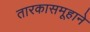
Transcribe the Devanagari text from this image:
तारकासमूहाने